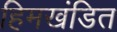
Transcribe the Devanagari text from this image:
हिमखंडित